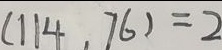
( 1 1 4 , 7 6 ) = 2